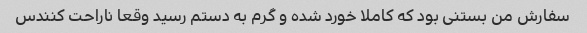
سفارش من بستنی بود که کاملا خورد شده و گرم به دستم رسید وقعا ناراحت کنندس